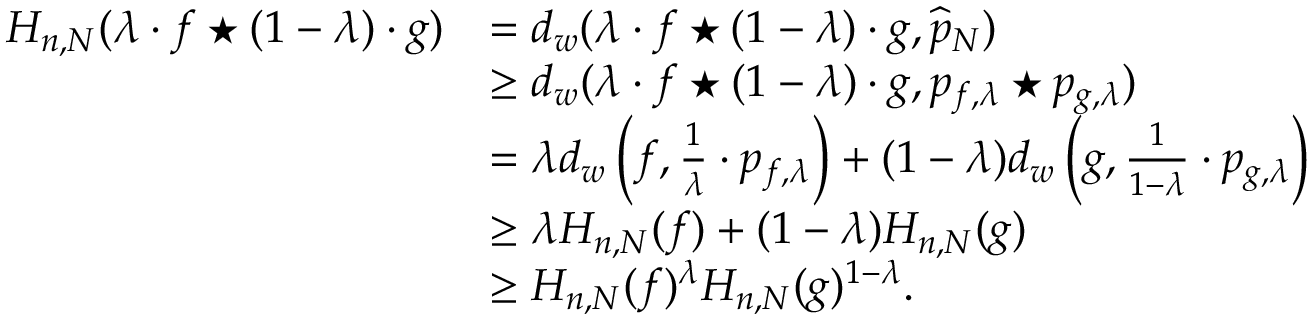
\begin{array} { r l } { H _ { n , N } ( \lambda \cdot f \star ( 1 - \lambda ) \cdot g ) } & { = d _ { w } ( \lambda \cdot f \star ( 1 - \lambda ) \cdot g , \widehat { p } _ { N } ) } \\ & { \geq d _ { w } ( \lambda \cdot f \star ( 1 - \lambda ) \cdot g , p _ { f , \lambda } \star p _ { g , \lambda } ) } \\ & { = \lambda d _ { w } \left( f , \frac { 1 } { \lambda } \cdot p _ { f , \lambda } \right) + ( 1 - \lambda ) d _ { w } \left( g , \frac { 1 } { 1 - \lambda } \cdot p _ { g , \lambda } \right) } \\ & { \geq \lambda H _ { n , N } ( f ) + ( 1 - \lambda ) H _ { n , N } ( g ) } \\ & { \geq H _ { n , N } ( f ) ^ { \lambda } H _ { n , N } ( g ) ^ { 1 - \lambda } . } \end{array}